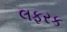
લફરક